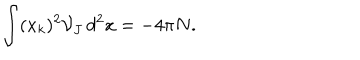
\int ( x _ { k } ) ^ { 2 } { \mathcal { V } } _ { J } \, d ^ { 2 } x = - 4 \pi N .